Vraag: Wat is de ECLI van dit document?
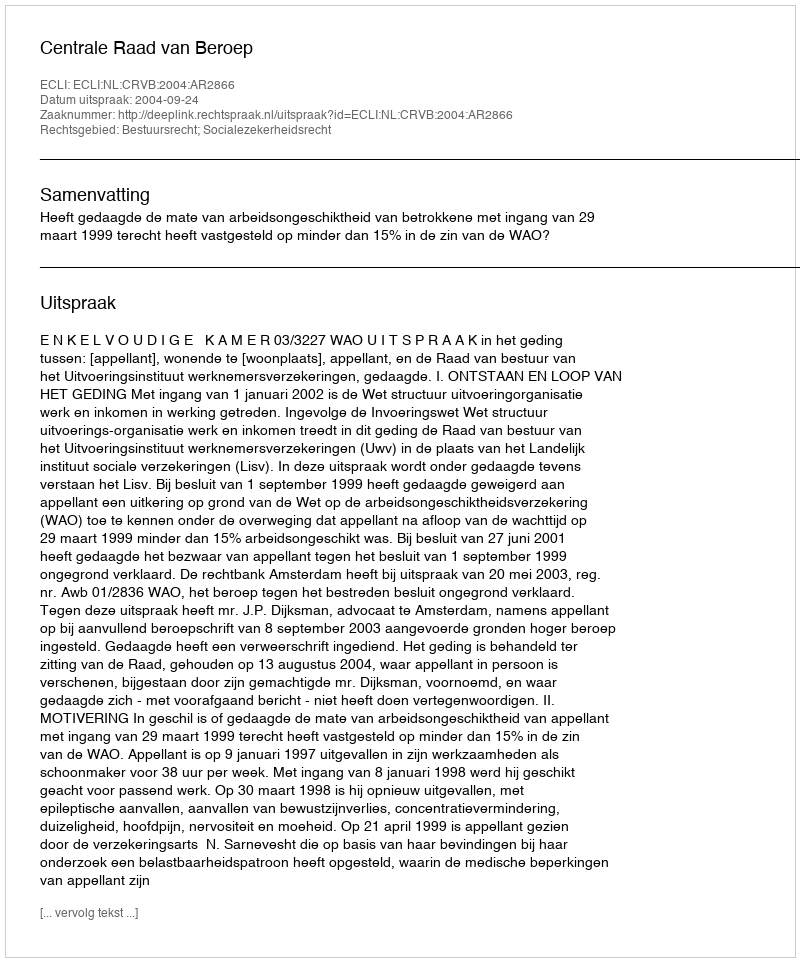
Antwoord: ECLI:NL:CRVB:2004:AR2866